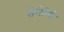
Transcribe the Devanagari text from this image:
सेलेरियो